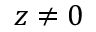
z \neq 0